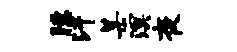
臆汗某溟夜